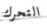
التحرك